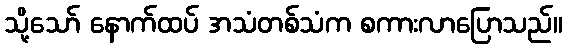
သို့သော် နောက်ထပ် အသံတစ်သံက စကားလာပြောသည်။